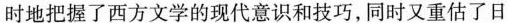
时地把握了西方文学的现代意识和技巧，同时又重估了日